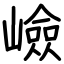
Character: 嶮